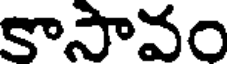
కాసావం